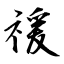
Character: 禐